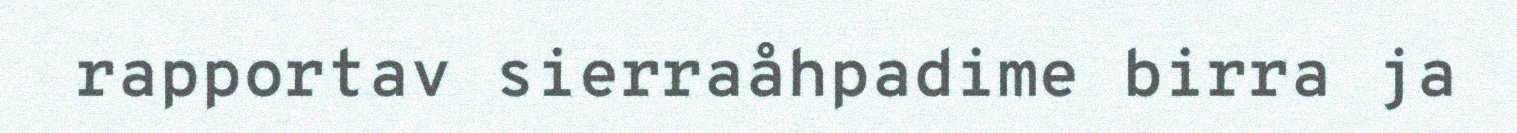
rapportav sierraåhpadime birra ja